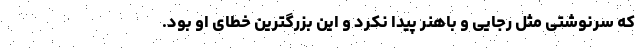
که سرنوشتی مثل رجایی و باهنر پیدا نکرد و این بزرگترین خطای او بود.